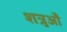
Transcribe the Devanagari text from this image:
शत्रुऔं